Trukikaitis_Postimees, lk 359
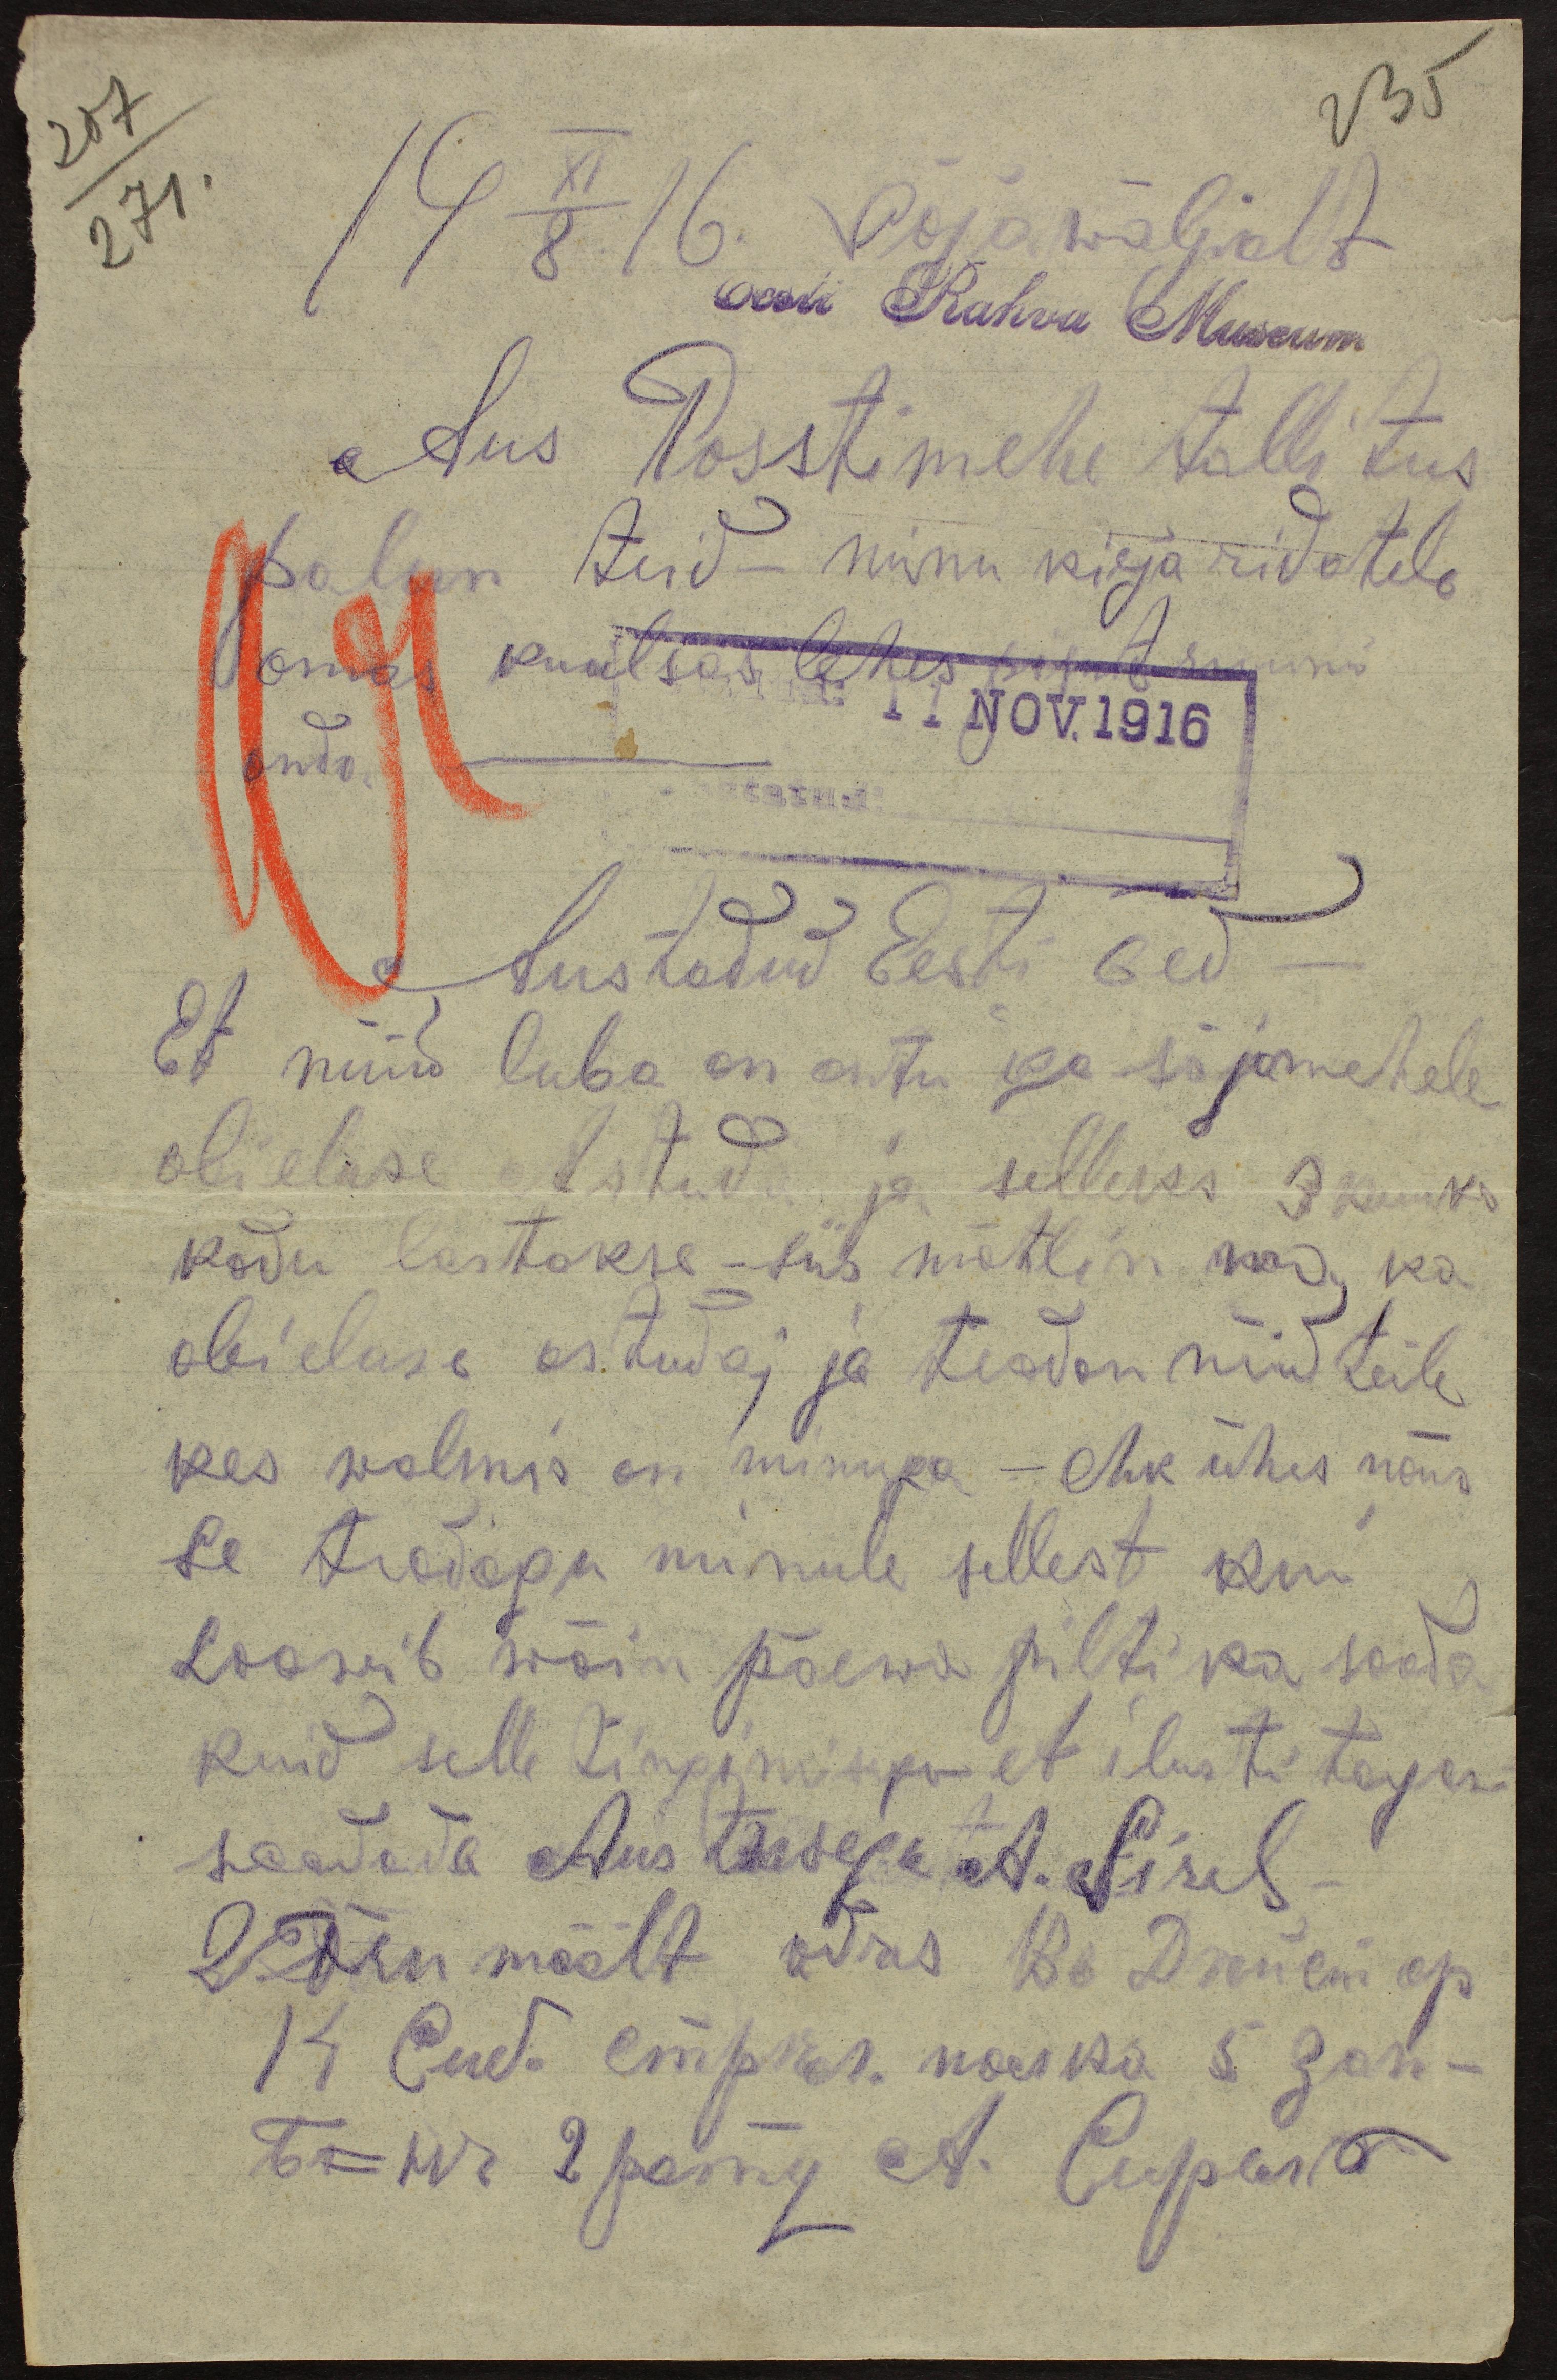
207
235
271.
19 XI/8 16. Sõjawäljalt
Aus Posstimehe tallitus
palun teid - minu kirja ridatele
omas kuulsas lehes pisut ruumi
anda.
Austadud Eesti õed
Et nüüd luba on antu iga sõjamehele
abieluse astuda ja selleks 3 kuuks
kodu lastakse - siis mõtlin ma ka
abieluse astuda; ja teadan nüüd teile
kes walmis on minuga - ehk ühes nõus
se teadagu minule sellest kui
soowib wõin päewa pilti ka saada
kuid selle tingimisega et ilusti tagasi
saadeda Austusega A. Sirel-
Wõru mäält adres Britemem ap.